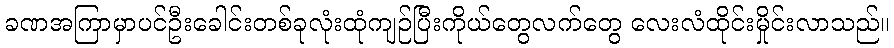
ခဏအကြာမှာပင်ဦးခေါင်းတစ်ခုလုံးထုံကျဉ်ပြီးကိုယ်တွေလက်တွေ လေးလံထိုင်းမှိုင်းလာသည်။